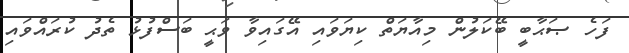
ފަހެ ޞަޙާބީ ބޭކަލުން މިއާޔަތް ކިޔަވައި އޭގައިވާ ވަޙީ ބަސްފުޅު ތެދު ކުރައްވައި